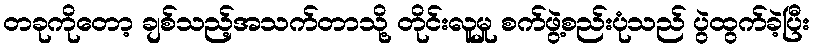
တခုကိုတော့ ချစ်သည့်အသက်တာသို့ တိုင်းလူမှု စက်ဖွဲ့စည်းပုံသည် ပွဲထွက်ခဲ့ပြီး